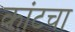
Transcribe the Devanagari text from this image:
कांटचा